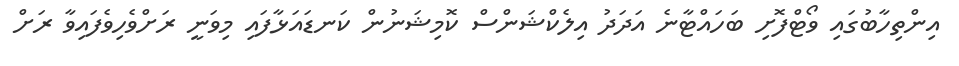
އިންތިހާބުގައި ވޯޓްފޮށި ބަހައްޓާނެ އަދަދު އިލެކްޝަންސް ކޮމިޝަނުން ކަނޑައަޅާފައި މިވަނީ ރަށްވެހިވެފައިވާ ރަށް